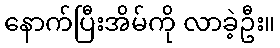
နောက်ပြီးအိမ်ကို လာခဲ့ဦး။